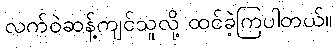
လက်ဝဲဆန့်ကျင်သူလို့ ထင်ခဲ့ကြပါတယ်။